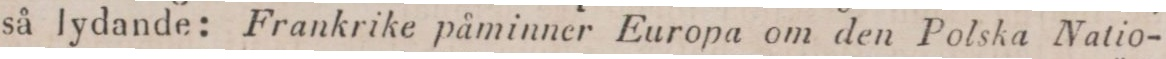
så lydande: Frankrike påminner Europa om den Polska Natio-